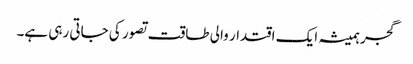
گجر ہمیشہ ایک اقتدار والی طاقت تصور کی جاتی رہی ہے۔